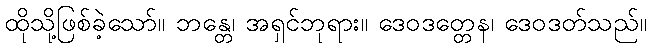
ထိုသို့ဖြစ်ခဲ့သော်။ ဘန္တေ၊ အရှင်ဘုရား။ ဒေဝဒတ္တေန၊ ဒေဝဒတ်သည်။